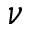
\nu